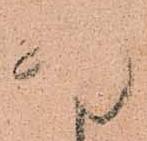
ま